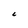
Character: C